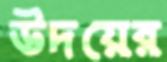
উদয়ের